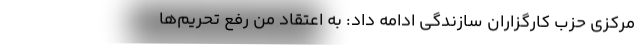
مرکزی حزب کارگزاران سازندگی ادامه داد: به اعتقاد من رفع تحریم‌ها